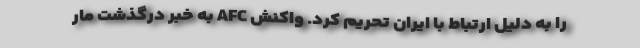
را به دلیل ارتباط با ایران تحریم کرد. واکنش AFC به خبر درگذشت مار